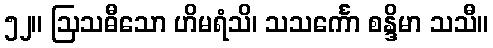
၅၂။ ဩသဓီသော ဟိမရံသိ၊ သသင်္ကော စန္ဒိမာ သသီ။